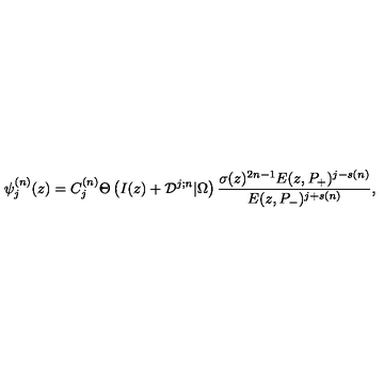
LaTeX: \psi _ { j } ^ { ( n ) } ( z ) = C _ { j } ^ { ( n ) } \Theta \left( I ( z ) + { \cal D } ^ { j ; n } | \Omega \right) { \frac { \sigma ( z ) ^ { 2 n - 1 } E ( z , P _ { + } ) ^ { j - s ( n ) } } { E ( z , P _ { - } ) ^ { j + s ( n ) } } } ,